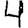
Digit: 4